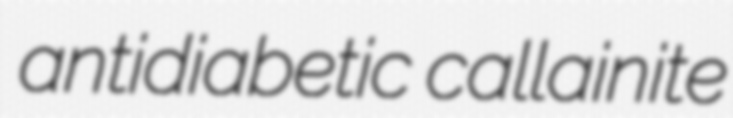
antidiabetic callainite